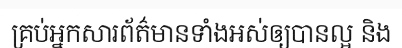
គ្រប់អ្នកសារព័ត៌មានទាំងអស់ឲ្យបានល្អ និង